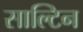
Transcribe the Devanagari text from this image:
साल्टिन